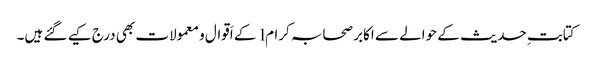
کتابتِ حدیث کے حوالے سے اکابر صحابہ کرام l کے اَقوال و معمولات بھی درج کیے گئے ہیں۔